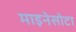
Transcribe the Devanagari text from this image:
माइनेसोटा